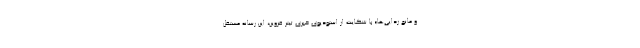
و مانع زدایی‌ها» با شکایت از استودیوی خبری تیتر قزوین، این رسانه مستقل